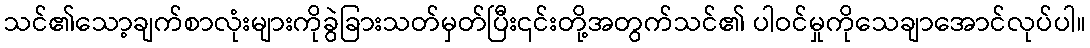
သင်၏သော့ချက်စာလုံးများကိုခွဲခြားသတ်မှတ်ပြီး၎င်းတို့အတွက်သင်၏ ပါဝင်မှုကိုသေချာအောင်လုပ်ပါ။